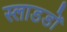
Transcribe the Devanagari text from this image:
स्लाडडों